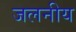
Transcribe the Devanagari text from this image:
जलनीय